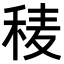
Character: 𥟀